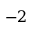
- 2